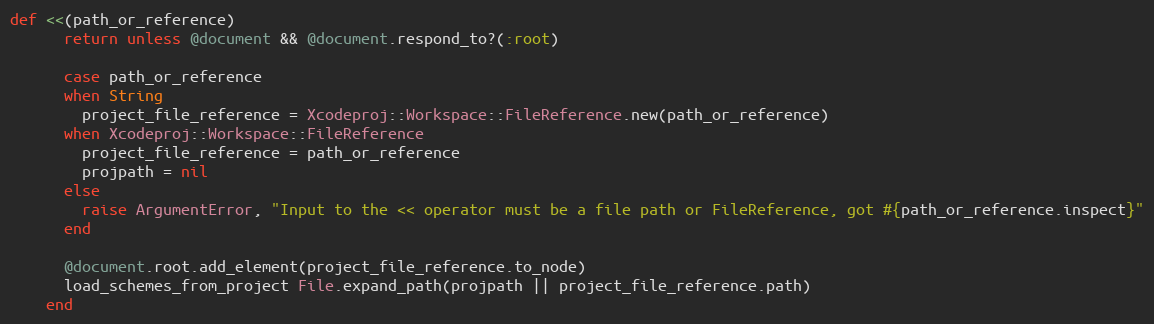
Language: Ruby
def <<(path_or_reference)
      return unless @document && @document.respond_to?(:root)

      case path_or_reference
      when String
        project_file_reference = Xcodeproj::Workspace::FileReference.new(path_or_reference)
      when Xcodeproj::Workspace::FileReference
        project_file_reference = path_or_reference
        projpath = nil
      else
        raise ArgumentError, "Input to the << operator must be a file path or FileReference, got #{path_or_reference.inspect}"
      end

      @document.root.add_element(project_file_reference.to_node)
      load_schemes_from_project File.expand_path(projpath || project_file_reference.path)
    end